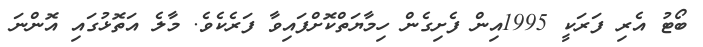
ބޯޓު އެރި ފަރަކީ 1995އިން ފެށިގެން ހިމާޔަތްކޮށްފައިވާ ފަރެކެވެ. މާލެ އަތޮޅުގައި އޮންނަ